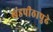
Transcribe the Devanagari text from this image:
खंडपीठापुढे